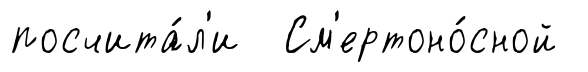
посчита́л'и См'ертоно́сной